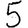
Digit: 5